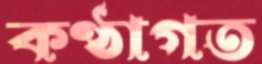
কণ্ঠাগত